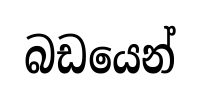
බඩයෙන්